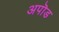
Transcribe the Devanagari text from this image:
अपॊड